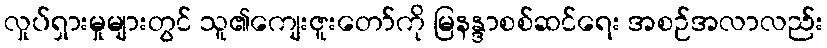
လှုပ်ရှားမှုများတွင် သူ၏ကျေးဇူးတော်ကို မြနန္ဒာစစ်ဆင်ရေး အစဉ်အလာလည်း